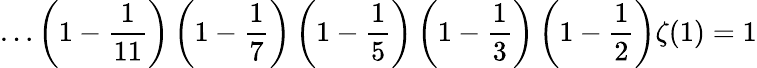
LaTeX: \ldots\left(1-{\frac{1}{11}}\right)\left(1-{\frac{1}{7}}\right)\left(1-{\frac{1}{5}}\right)\left(1-{\frac{1}{3}}\right)\left(1-{\frac{1}{2}}\right)\zeta(1)=1